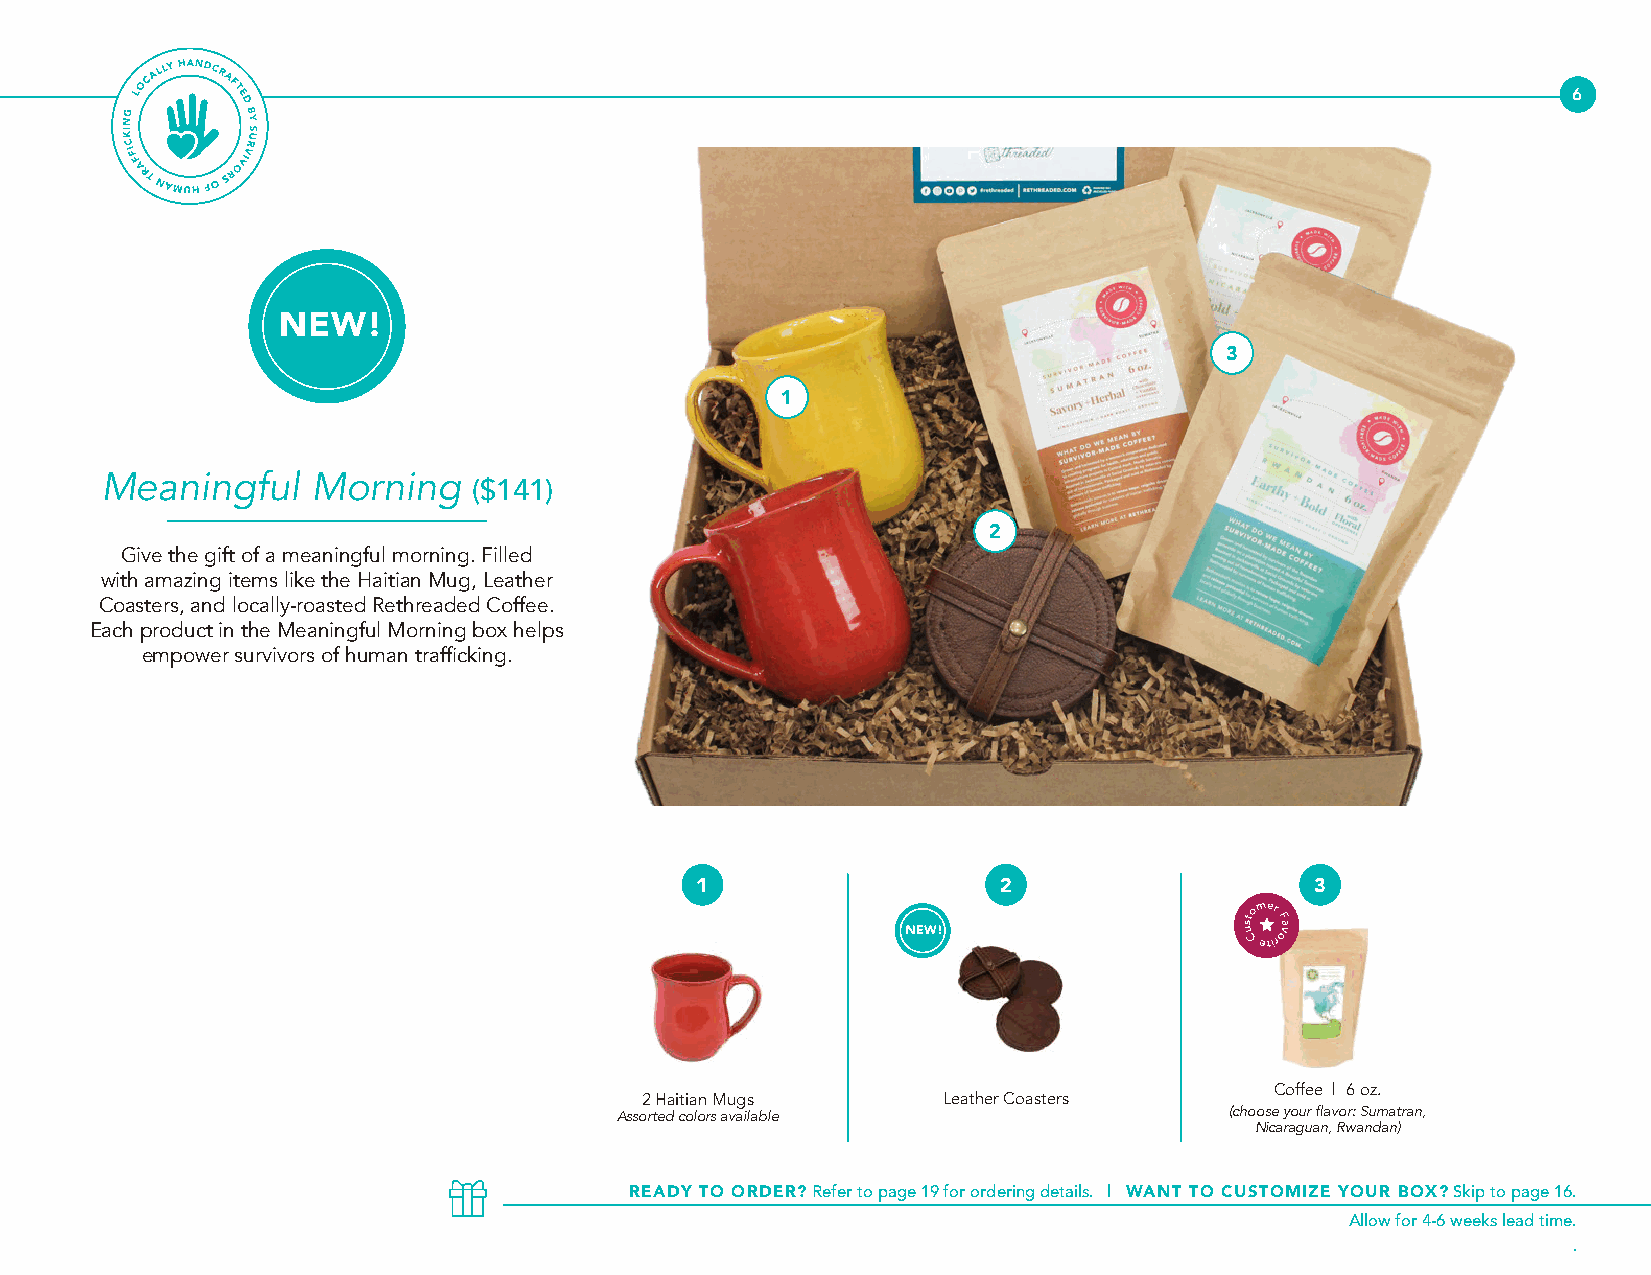
6
 3
 Meaningful    Morning
 ($141)
 2
 Give the gift of a meaningful morning. Filled
 with amazing items like the Haitian Mug, Leather
 Coasters, and locally-roasted Rethreaded Coffee.
 Each product in the Meaningful Morning box helps
 empower survivors of human trafficking.
 1                   2                    3
 Coffee | 6 oz.
 2 Haitian Mugs      Leather Coasters
 Assorted colors available               (choose your flavor: Sumatran,
 Nicaraguan, Rwandan)
 READY TO ORDER? Refer to page 19 for ordering details. | WANT TO CUSTOMIZE YOUR BOX? Skip to page 16.
 Allow for 4-6 weeks lead time.
 .